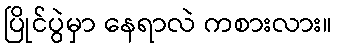
ပြိုင်ပွဲမှာ နေရာလဲ ကစားလား။